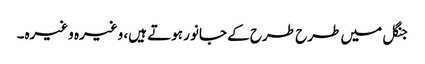
جنگل میں طرح طرح کے جانور ہوتے ہیں، وغیرہ وغیرہ۔